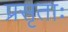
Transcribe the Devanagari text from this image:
प्रसृताः